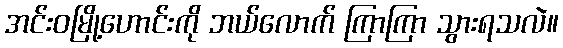
အင်းဝမြို့ဟောင်းကို ဘယ်လောက် ကြာကြာ သွားရသလဲ။